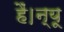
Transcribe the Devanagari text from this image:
हैं।न्यू